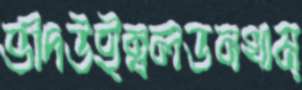
ভীদউইম্বলডনখাম্